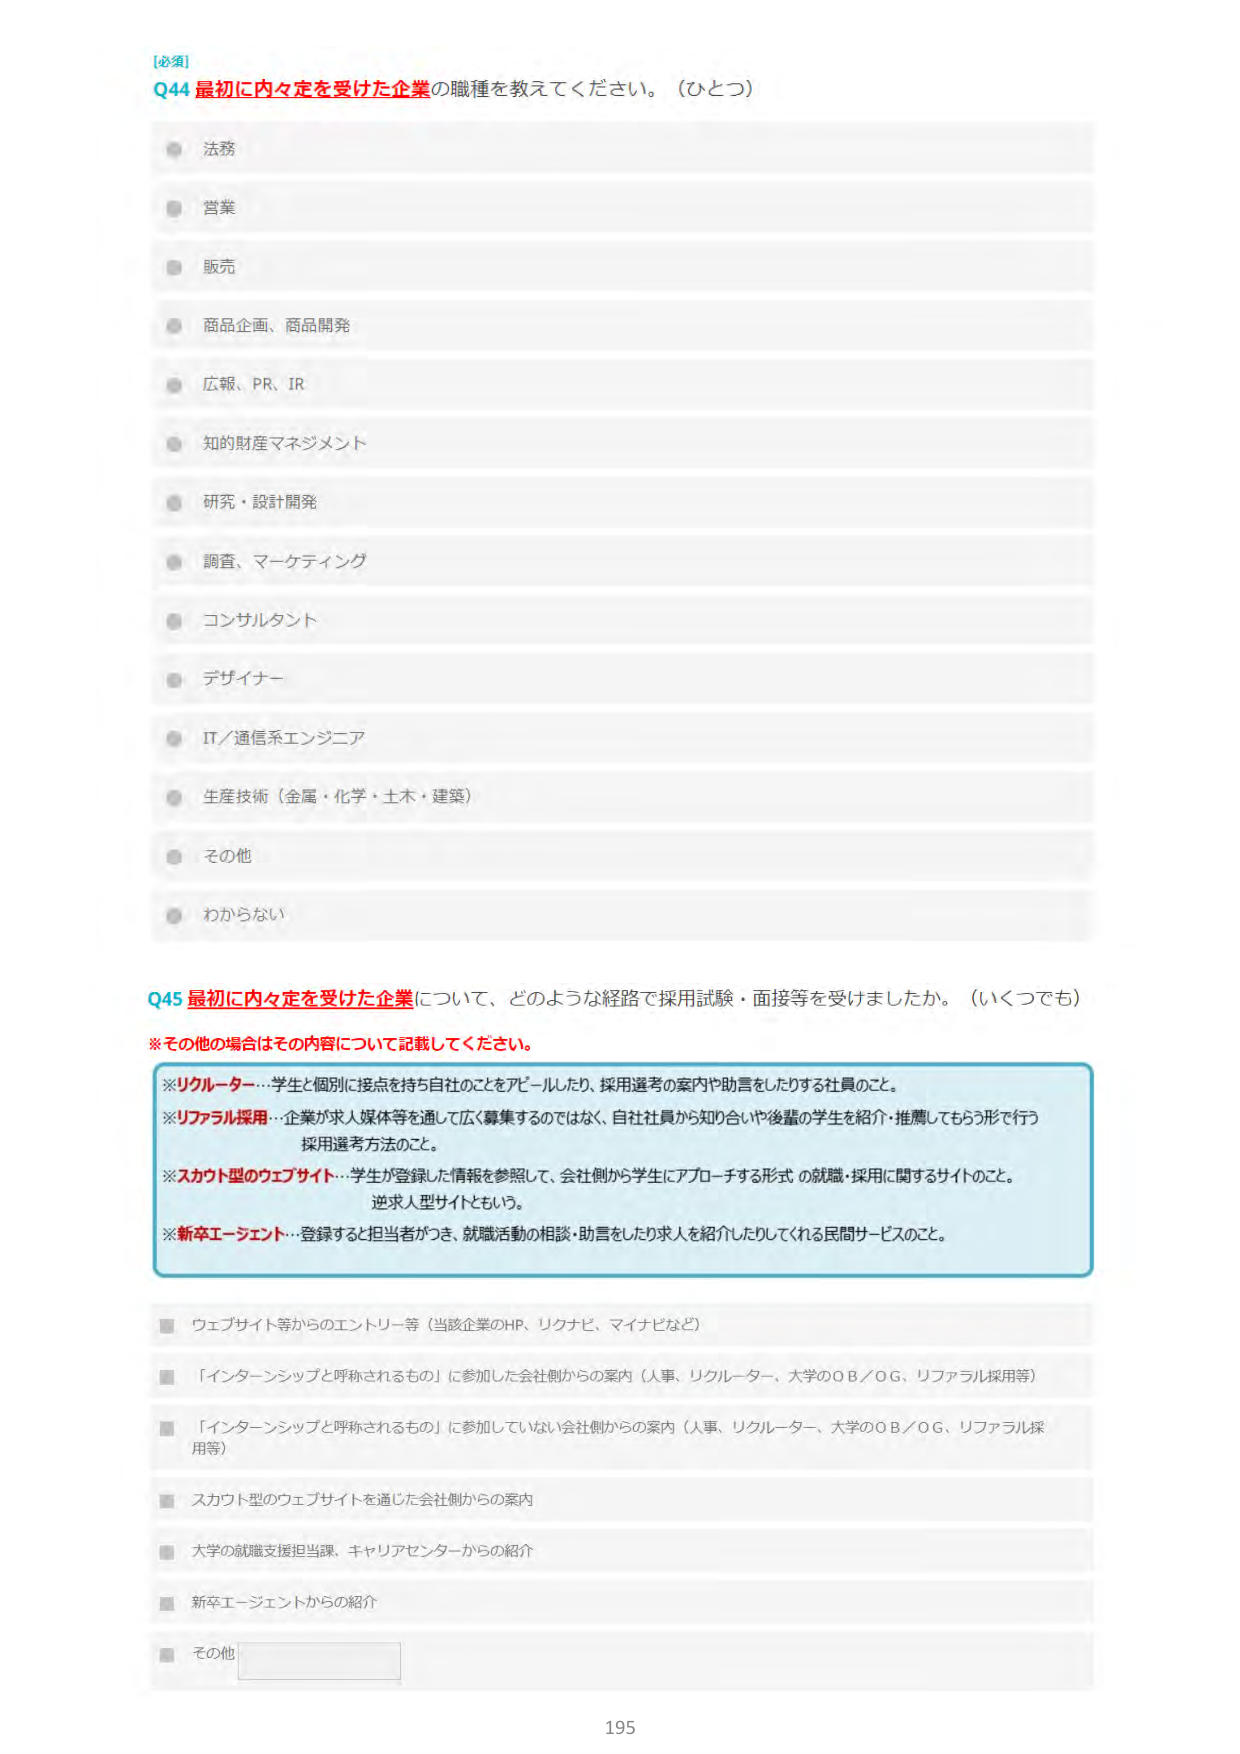
[必須]
Q44 最初に内々定を受けた企業の職種を教えてください。（ひとつ）
法務
営業
販売
商品企画、商品開発
広報、PR、IR
知的財産マネジメント
研究・設計開発
調査、マーケティング
コンサルタント
デザイナー
IT／通信系エンジニア
生産技術（金属・化学・土木・建築）
その他
わからない

Q45 最初に内々定を受けた企業について、どのような経路で採用試験・面接等を受けましたか。（いくつでも）
※その他の場合はその内容について記載してください。
※リクルーター…学生と個別に接点を持ち自社のことをアピールしたり、採用選考の案内や助言をしたりする社員のこと。
※リファラル採用…企業が求人媒体等を通じて広く募集するのではなく、自社社員から知り合いや後輩の学生を紹介・推薦してもらう形で行う採用選考方法のこと。
※スカウト型のウェブサイト…学生が登録した情報を参照して、会社側から学生にアプローチする形式の就職・採用に関するサイトのこと。逆求人型サイトともいう。
※新卒エージェント…登録すると担当者がつき、就職活動の相談・助言をしたり求人を紹介したりしてくれる民間サービスのこと。

ウェブサイト等からのエントリー等（当該企業のHP、リクナビ、マイナビなど）
「インターンシップと呼ばれるもの」に参加した会社側からの案内（人事、リクルーター、大学のOB／OG、リファラル採用等）
「インターンシップと呼ばれるもの」に参加していないう会社側からの案内（人事、リクルーター、大学のOB／OG、リファラル採用等）
スカウト型のウェブサイトを通じた会社側からの案内
大学の就職支援担当課、キャリアセンターからの紹介
新卒エージェントからの紹介
その他

195